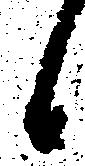
候